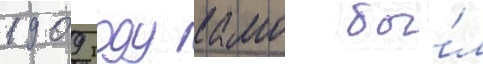
1909 году камо бы́л